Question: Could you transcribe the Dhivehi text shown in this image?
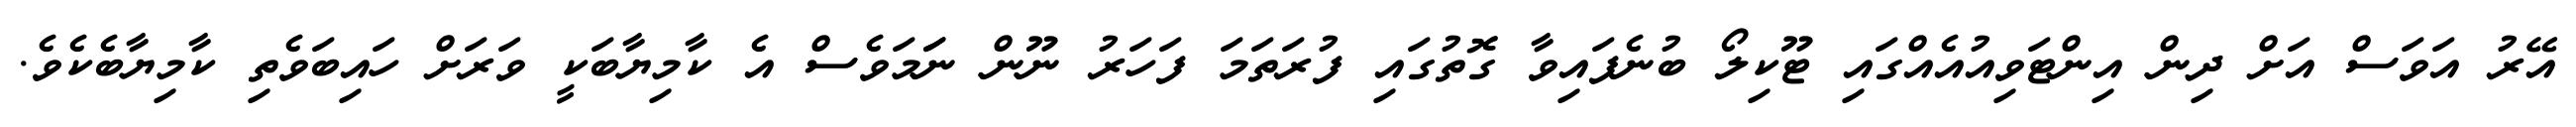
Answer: އޭރު އަވަސް އަށް ދިން އިންޓަވިއުއެއްގައި ޓޫކިލޯ ބުނެފައިވާ ގޮތުގައި ފުރަތަމަ ފަހަރު ނޫން ނަަމަވެސް އެ ކާމިޔާބަކީ ވަރަށް ހައިބަވެތި ކާމިޔާބެކެވެ.